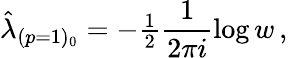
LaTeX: \hat{\lambda}_{(p=1)_{0}}=-{\textstyle\frac{1}{2}}\frac{1}{2\pi i}\log{w}\, ,